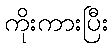
ကိုးကားပြီး